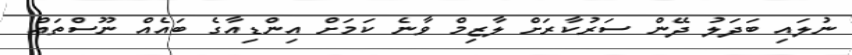
ނުލައި ބަދަލު ދޭން ސަރުކާރަށް ލާޒިމް ވާނެ ކަމަށް އިންޑިއާގެ ބައެއް ނޫސްތައް